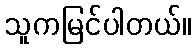
သူကမြင်ပါတယ်။